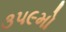
૩૫૯મો